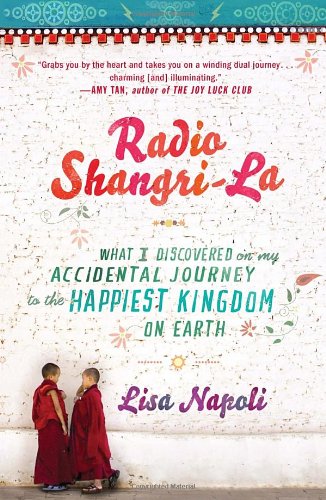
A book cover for Radio Shangri-La: What I Discovered on my Accidental Journey to the Happiest Kingdom on Earth; Lisa Napoli; Humor & Entertainment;